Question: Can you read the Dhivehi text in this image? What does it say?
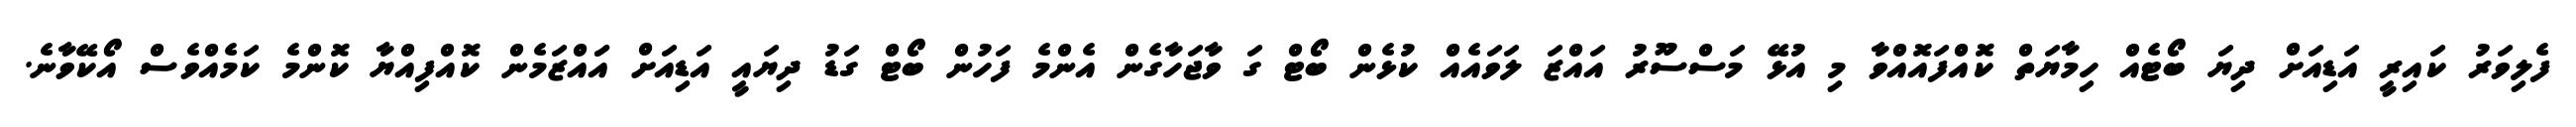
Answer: ފެލިވަރު ކައިރީ އަޑިއަށް ދިޔަ ބޯޓެއް ހިމާޔަތް ކޮއްފައޮއްވާ މި އުޅޭ މަސްސޫރު އައްޒަ ލަވައެއް ކުޅެން ބޯޓް ގަ ވާޖަހާގެން އެންމެ ފަހުން ބޯޓް ގަޑު ދިޔައީ އަޑިއަށް އަައްޒަމެން ކޮއްފިއްޔާ ކޮންމެ ކަމެއްވެސް އޯކޭވާނެ.